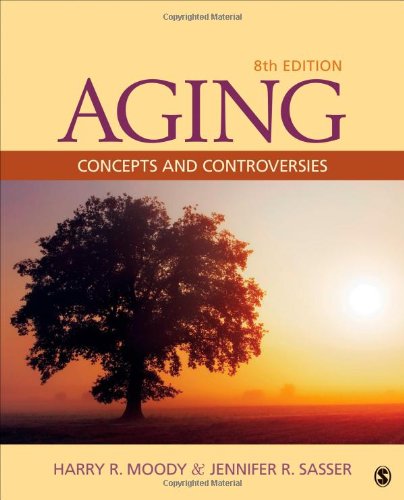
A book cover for Aging: Concepts and Controversies; Harry R. Moody; Health, Fitness & Dieting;